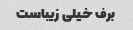
برف خیلی زیباست